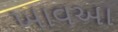
ખાવઆ